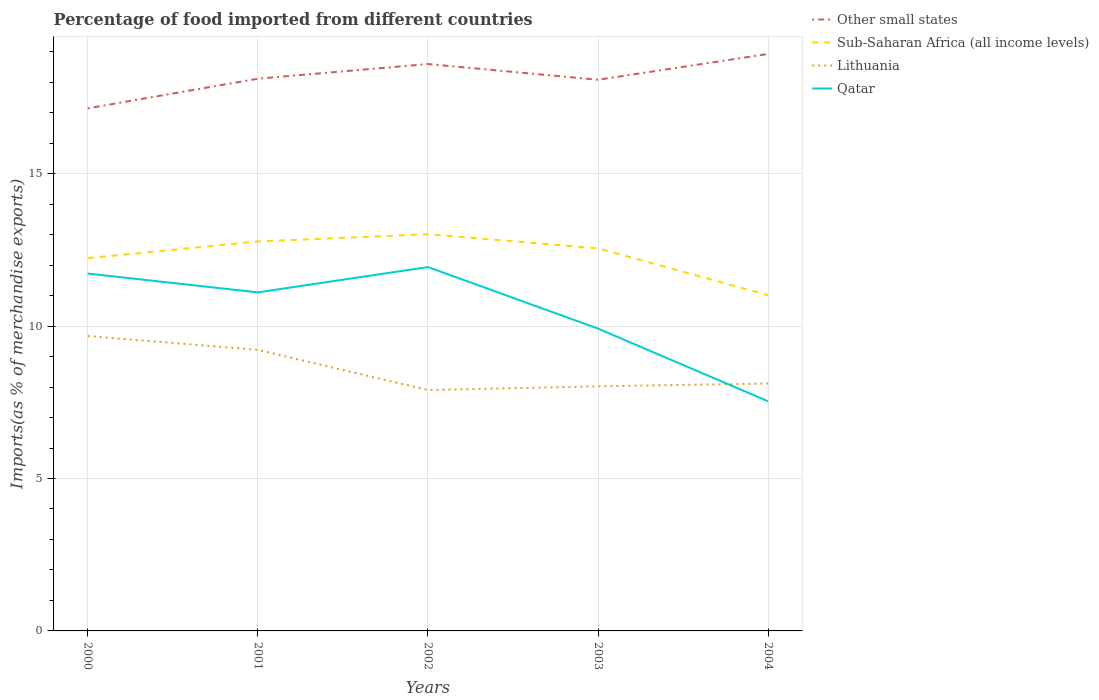
| Years | Other small states | Sub-Saharan Africa (all income levels) | Lithuania | Qatar |
 | --- | --- | --- | --- | --- |
 | 2000 | 17.1 | 12.2 | 9.67 | 11.7 |
 | 2001 | 18.1 | 12.8 | 9.22 | 11.1 |
 | 2002 | 18.6 | 13 | 7.9 | 11.9 |
 | 2003 | 18.1 | 12.6 | 8.02 | 9.92 |
 | 2004 | 18.9 | 11 | 8.12 | 7.53 |